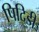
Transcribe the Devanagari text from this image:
पिदिडी